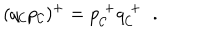
LaTeX: ( q _ { \cal C } p _ { \cal C } ) ^ { + } = p _ { \cal C } ^ { \; + } q _ { \cal C } ^ { \; + } \; \; .